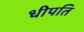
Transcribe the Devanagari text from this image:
धीपति